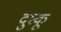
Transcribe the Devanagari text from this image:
दुश्कू